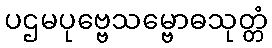
ပဌမပုဗ္ဗေသမ္ဗောဓသုတ္တံ